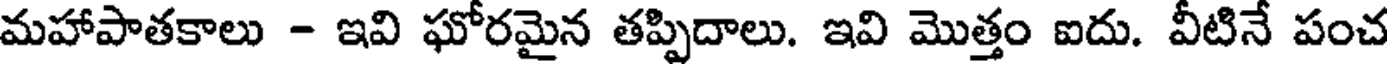
మహాపాతకాలు - ఇవి ఘోరమైన తప్పిదాలు. ఇవి మొత్తం ఐదు. వీటినే పంచ